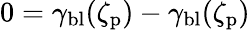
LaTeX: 0=\gamma_{\mathrm{bl}}(\zeta_{\mathrm{p}})-\gamma_{\mathrm{bl}}(\zeta_{\mathrm{p}})